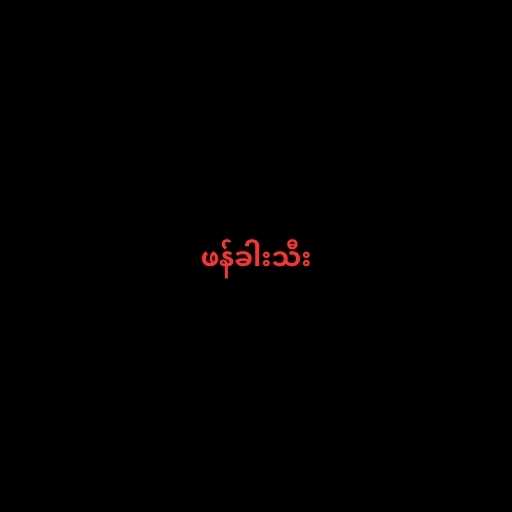
ဖန်ခါးသီး